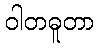
ဝါတဓူတာ